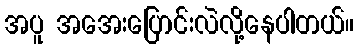
အပူ အအေးပြောင်းလဲလို့နေပါတယ်။